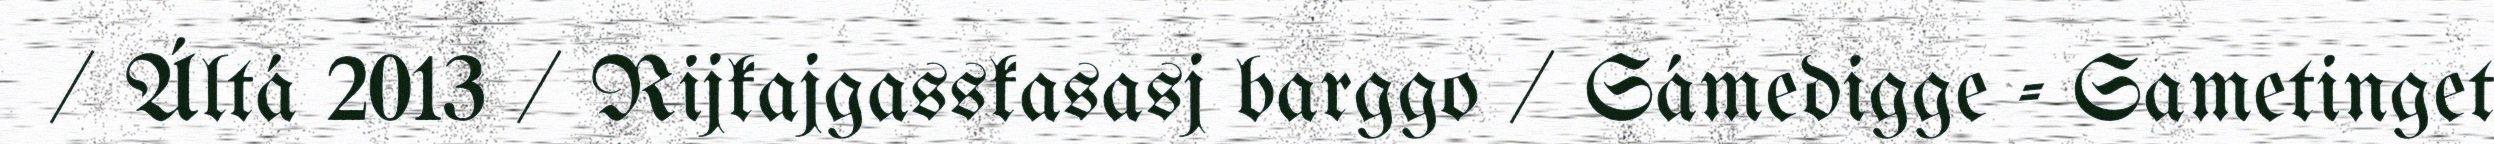
/ Áltá 2013 / Rijkajgasskasasj barggo / Sámedigge - Sametinget